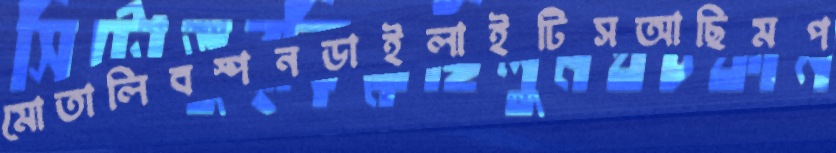
মোতালিবস্পনডাইলাইটিসআছিমপ